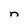
Character: n